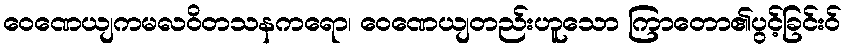
ဝေဏေယျကမလဝိတသနကရော၊ ဝေဏေယျတည်းဟူသော ကြာတော၏ပွင့်ခြင်းဝ်